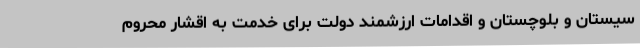
سیستان و بلوچستان و اقدامات ارزشمند دولت برای خدمت به اقشار محروم